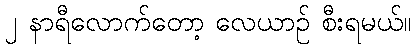
၂ နာရီလောက်တော့ လေယာဉ် စီးရမယ်။